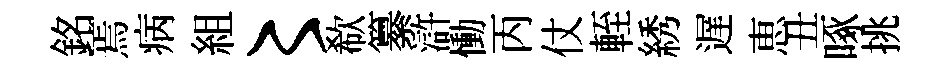
銘焉病組〻欷纂滸慟丙仗輊綉遅恵丑啄挑